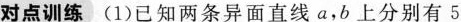
对点训练(1)已知两条异面直线a，b上分别有5